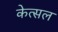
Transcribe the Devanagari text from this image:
केत्सल